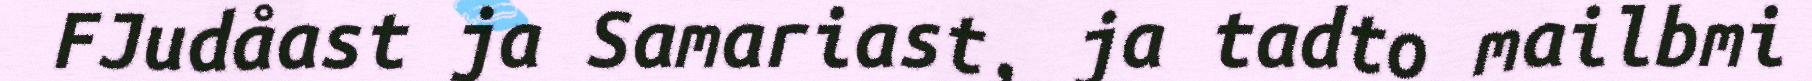
FJudåast ja Samariast, ja tadto mailbmi